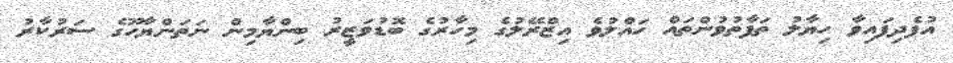
އުފެދިފައިވާ ހިޔާލު ތަފާތުވުންތައް ހައްލުވެ އިޒްރޭލުގެ މިހާރުގެ ބޮޑުވަޒީރު ބިންޔާމިން ނަތަންޔާހޫގެ ސަރުކާރު